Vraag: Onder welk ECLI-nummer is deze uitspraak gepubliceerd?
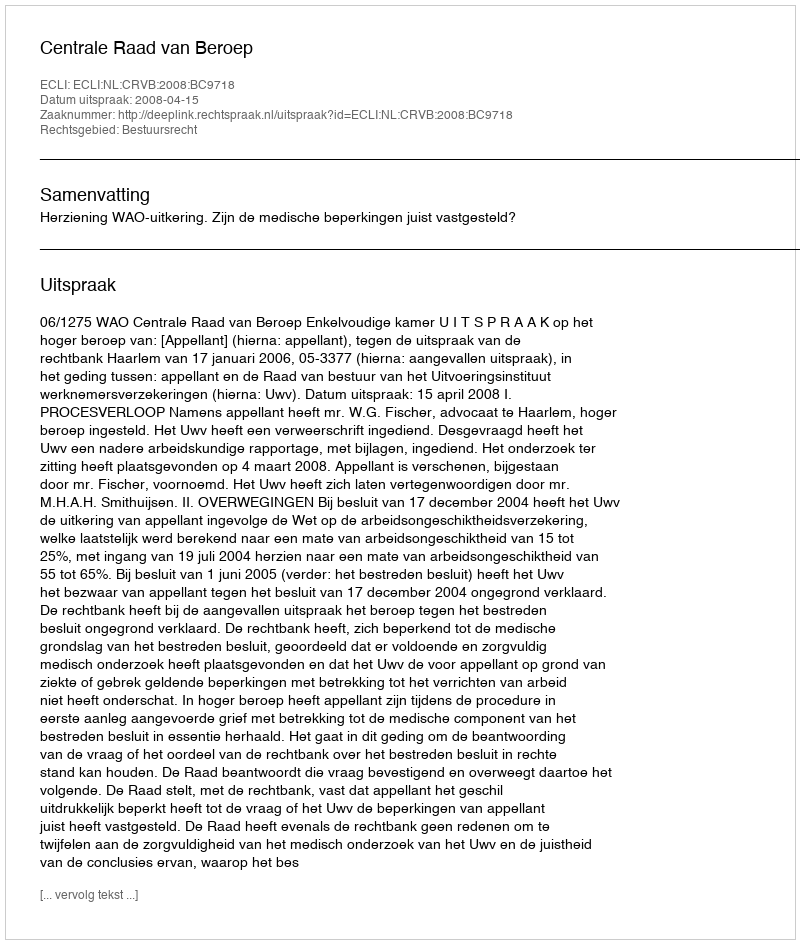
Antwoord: ECLI:NL:CRVB:2008:BC9718